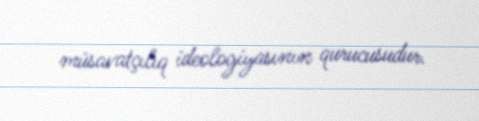
müsavatçılıq ideologiyasının qurucusudur.